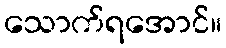
သောက်ရအောင်။